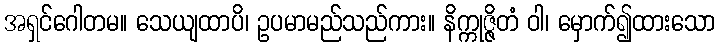
အရှင်ဂေါတမ။ သေယျထာပိ၊ ဥပမာမည်သည်ကား။ နိက္ကုဇ္ဇိတံ ဝါ၊ မှောက်၍ထားသော